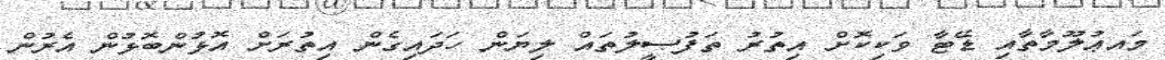
މައޢުލޫމާތާއި ޑޭޓާ ވަކިކޮށް އިތުރު ތަފުޞީލުތައް ލިޔަން ހަދައިގެން އިތުރަށް އޮޅުންބޮޅުން އެރުން